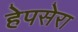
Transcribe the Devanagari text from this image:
हेपसेरा